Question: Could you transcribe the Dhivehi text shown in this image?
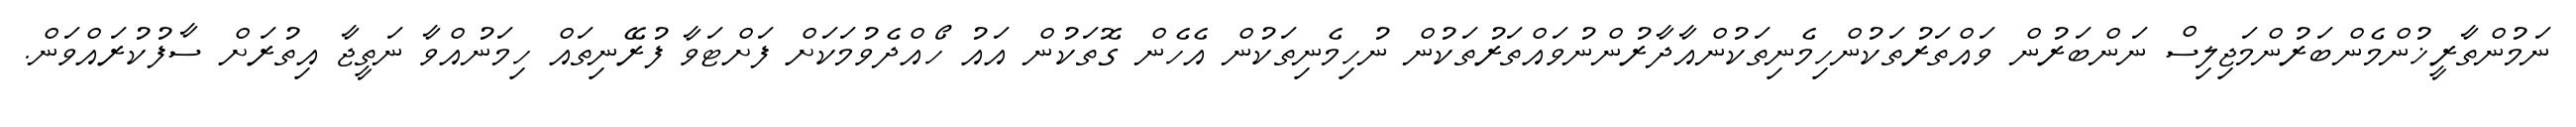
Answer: ނަމުންތާރީޚުންމެންބަރުންމަޖިލިސް ނަންބަރުން ވައްތަރުތަކުންހިމެނިތަކުންއާދާރުންނުވައްތަރުތަކުން ނުހިމެނިތަކުން އެހެން ގޮތަކުން އައު ހޯއްދެވުމަކަށް ފަށްޓަވާ ފުރޭނިތައް ހިމަނުއްވާ ނަތީޖާ އިތުރަށް ސާފުކުރައްވަން.